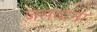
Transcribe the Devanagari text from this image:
जसवाना